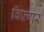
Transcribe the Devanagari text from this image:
किल्‍गर